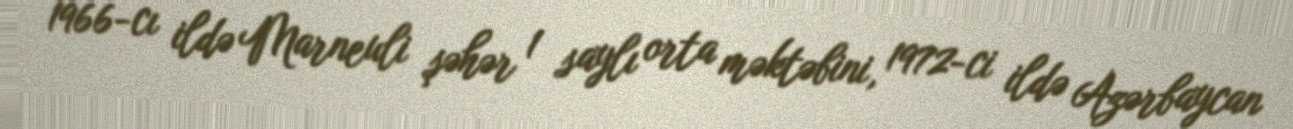
1966-cı ildə Marneuli şəhər 1 saylı orta məktəbini, 1972-ci ildə Azərbaycan